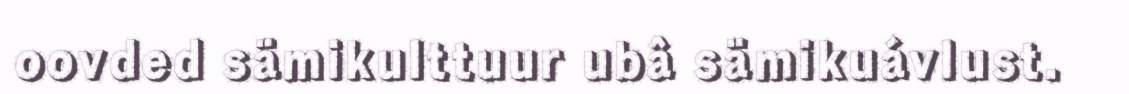
oovded sämikulttuur ubâ sämikuávlust.